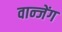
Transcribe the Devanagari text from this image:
वान्जेंग